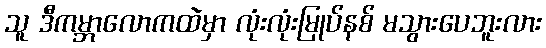
သူ ဒီကမ္ဘာလောကထဲမှာ လုံးလုံးမြုပ်နစ် မသွားပေဘူးလား